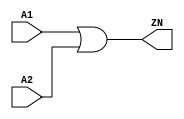
module OR2_X4 (A1, A2, ZN);
  input A1;
  input A2;
  output ZN;
  or(ZN, A1, A2);
  specify
    (A1 => ZN) = (0.1, 0.1);
    (A2 => ZN) = (0.1, 0.1);
  endspecify
endmodule